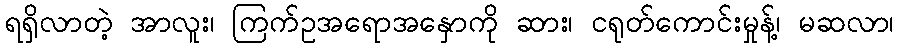
ရရှိလာတဲ့ အာလူး၊ ကြက်ဥအရောအနှောကို ဆား၊ ငရုတ်ကောင်းမှုန့်၊ မဆလာ၊